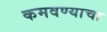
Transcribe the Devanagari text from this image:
कमवण्याचा